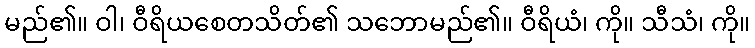
မည်၏။ ဝါ၊ ဝီရိယစေတသိတ်၏ သဘောမည်၏။ ဝီရိယံ၊ ကို။ သီသံ၊ ကို။